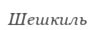
Шешкиль